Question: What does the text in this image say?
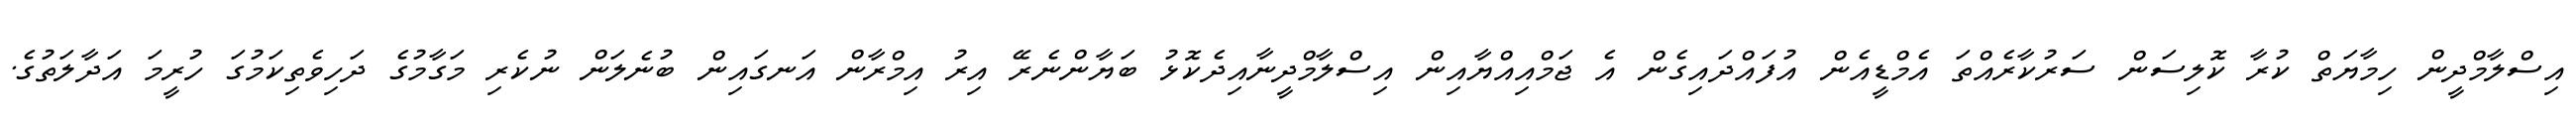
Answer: އިސްލާމްދީން ހިމާޔަތް ކުރާ ކޮލިސަން ސަރުކާރެއްތަ އެމްޑީއެން އުފައްދައިގެން އެ ޖަމްއިއްޔާއިން އިސްލާމްދީނާއިދެކޮޅު ބަޔާންނެރޭ އިރު އިމްރާން އަނގައިން ބުނެލަން ނުކެރި މަގާމުގެ ދަހިވެތިކަމުގަ ހުރީމަ އަދާލަތުގެ.